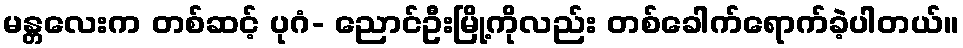
မန္တလေးက တစ်ဆင့် ပုဂံ- ညောင်ဦးမြို့ကိုလည်း တစ်ခေါက်ရောက်ခဲ့ပါတယ်။